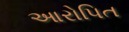
આરોપિત